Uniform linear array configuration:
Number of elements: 48
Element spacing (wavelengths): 0.25
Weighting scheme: kaiser
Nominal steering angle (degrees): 15
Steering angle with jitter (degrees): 14.255
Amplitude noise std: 0.05
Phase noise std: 0.05

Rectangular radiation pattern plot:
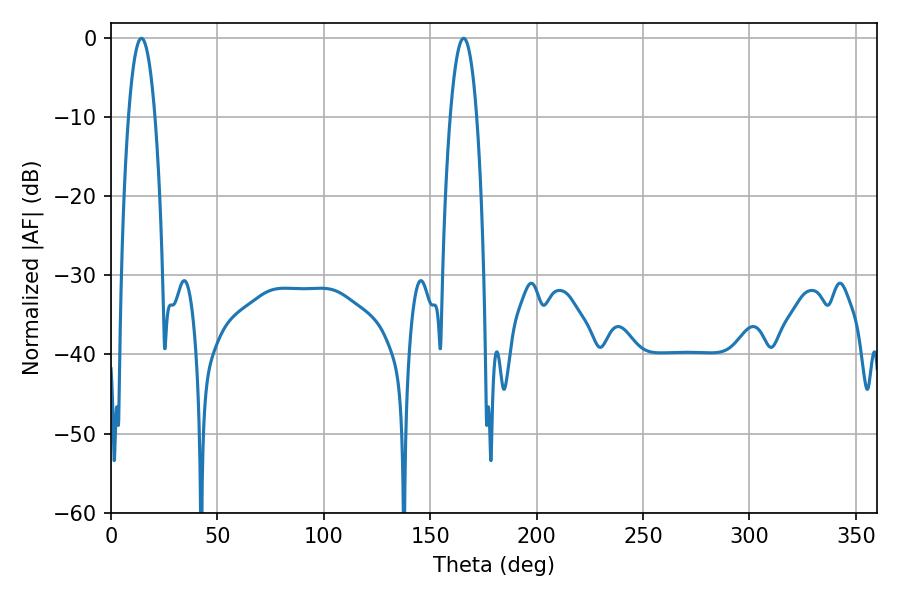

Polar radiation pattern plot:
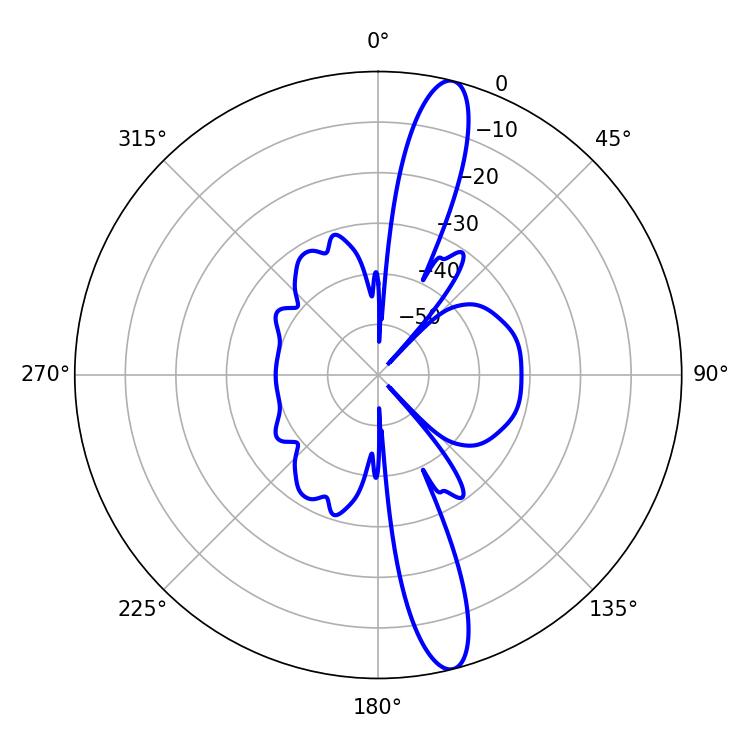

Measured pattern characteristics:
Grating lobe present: FALSE
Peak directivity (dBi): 14.916
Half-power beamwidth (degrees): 6.84
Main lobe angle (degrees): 14.22